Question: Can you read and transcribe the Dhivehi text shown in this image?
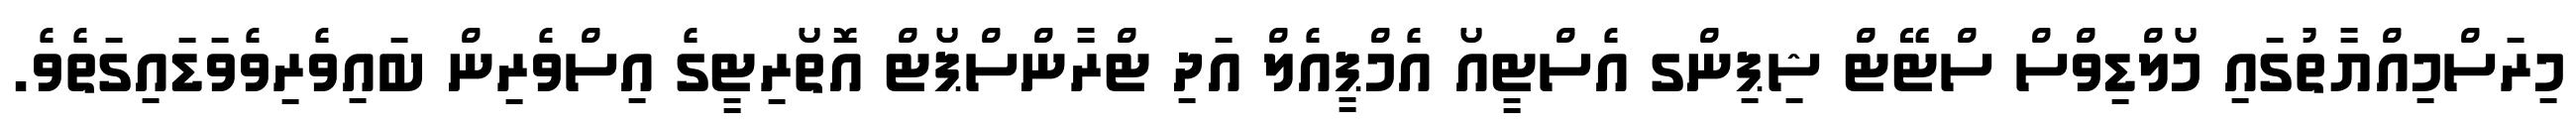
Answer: މިރަސްމިއްޔާތުގައި މޯލްޑިވްސް ސްޓޭޓް ޝިޕިންގ އެސްޓީއޯ އެމްޕީއެލް އަދި ޓްރާންސްޕޯޓް އޮތޯރިޓީގެ އިސްވެރިން ބައިވެރިވެވަޑައިގަތެވެ.